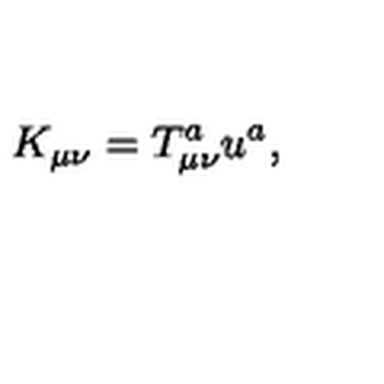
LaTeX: K _ { \mu \nu } = T _ { \mu \nu } ^ { a } u ^ { a } ,